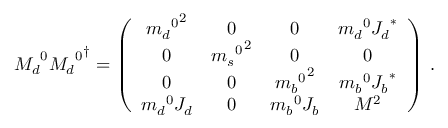
{ M _ { d } } ^ { 0 } { { M _ { d } } ^ { 0 } } ^ { \dagger } = \left( \begin{array} { c c c c } { { { { m _ { d } } ^ { 0 } } ^ { 2 } } } & { { 0 } } & { { 0 } } & { { { m _ { d } } ^ { 0 } { J _ { d } } ^ { \ast } } } \\ { { 0 } } & { { { { m _ { s } } ^ { 0 } } ^ { 2 } } } & { { 0 } } & { { 0 } } \\ { { 0 } } & { { 0 } } & { { { { m _ { b } } ^ { 0 } } ^ { 2 } } } & { { { m _ { b } } ^ { 0 } { J _ { b } } ^ { \ast } } } \\ { { { m _ { d } } ^ { 0 } J _ { d } } } & { { 0 } } & { { { m _ { b } } ^ { 0 } J _ { b } } } & { { M ^ { 2 } } } \end{array} \right) \: .